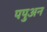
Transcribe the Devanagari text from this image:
पपुअन